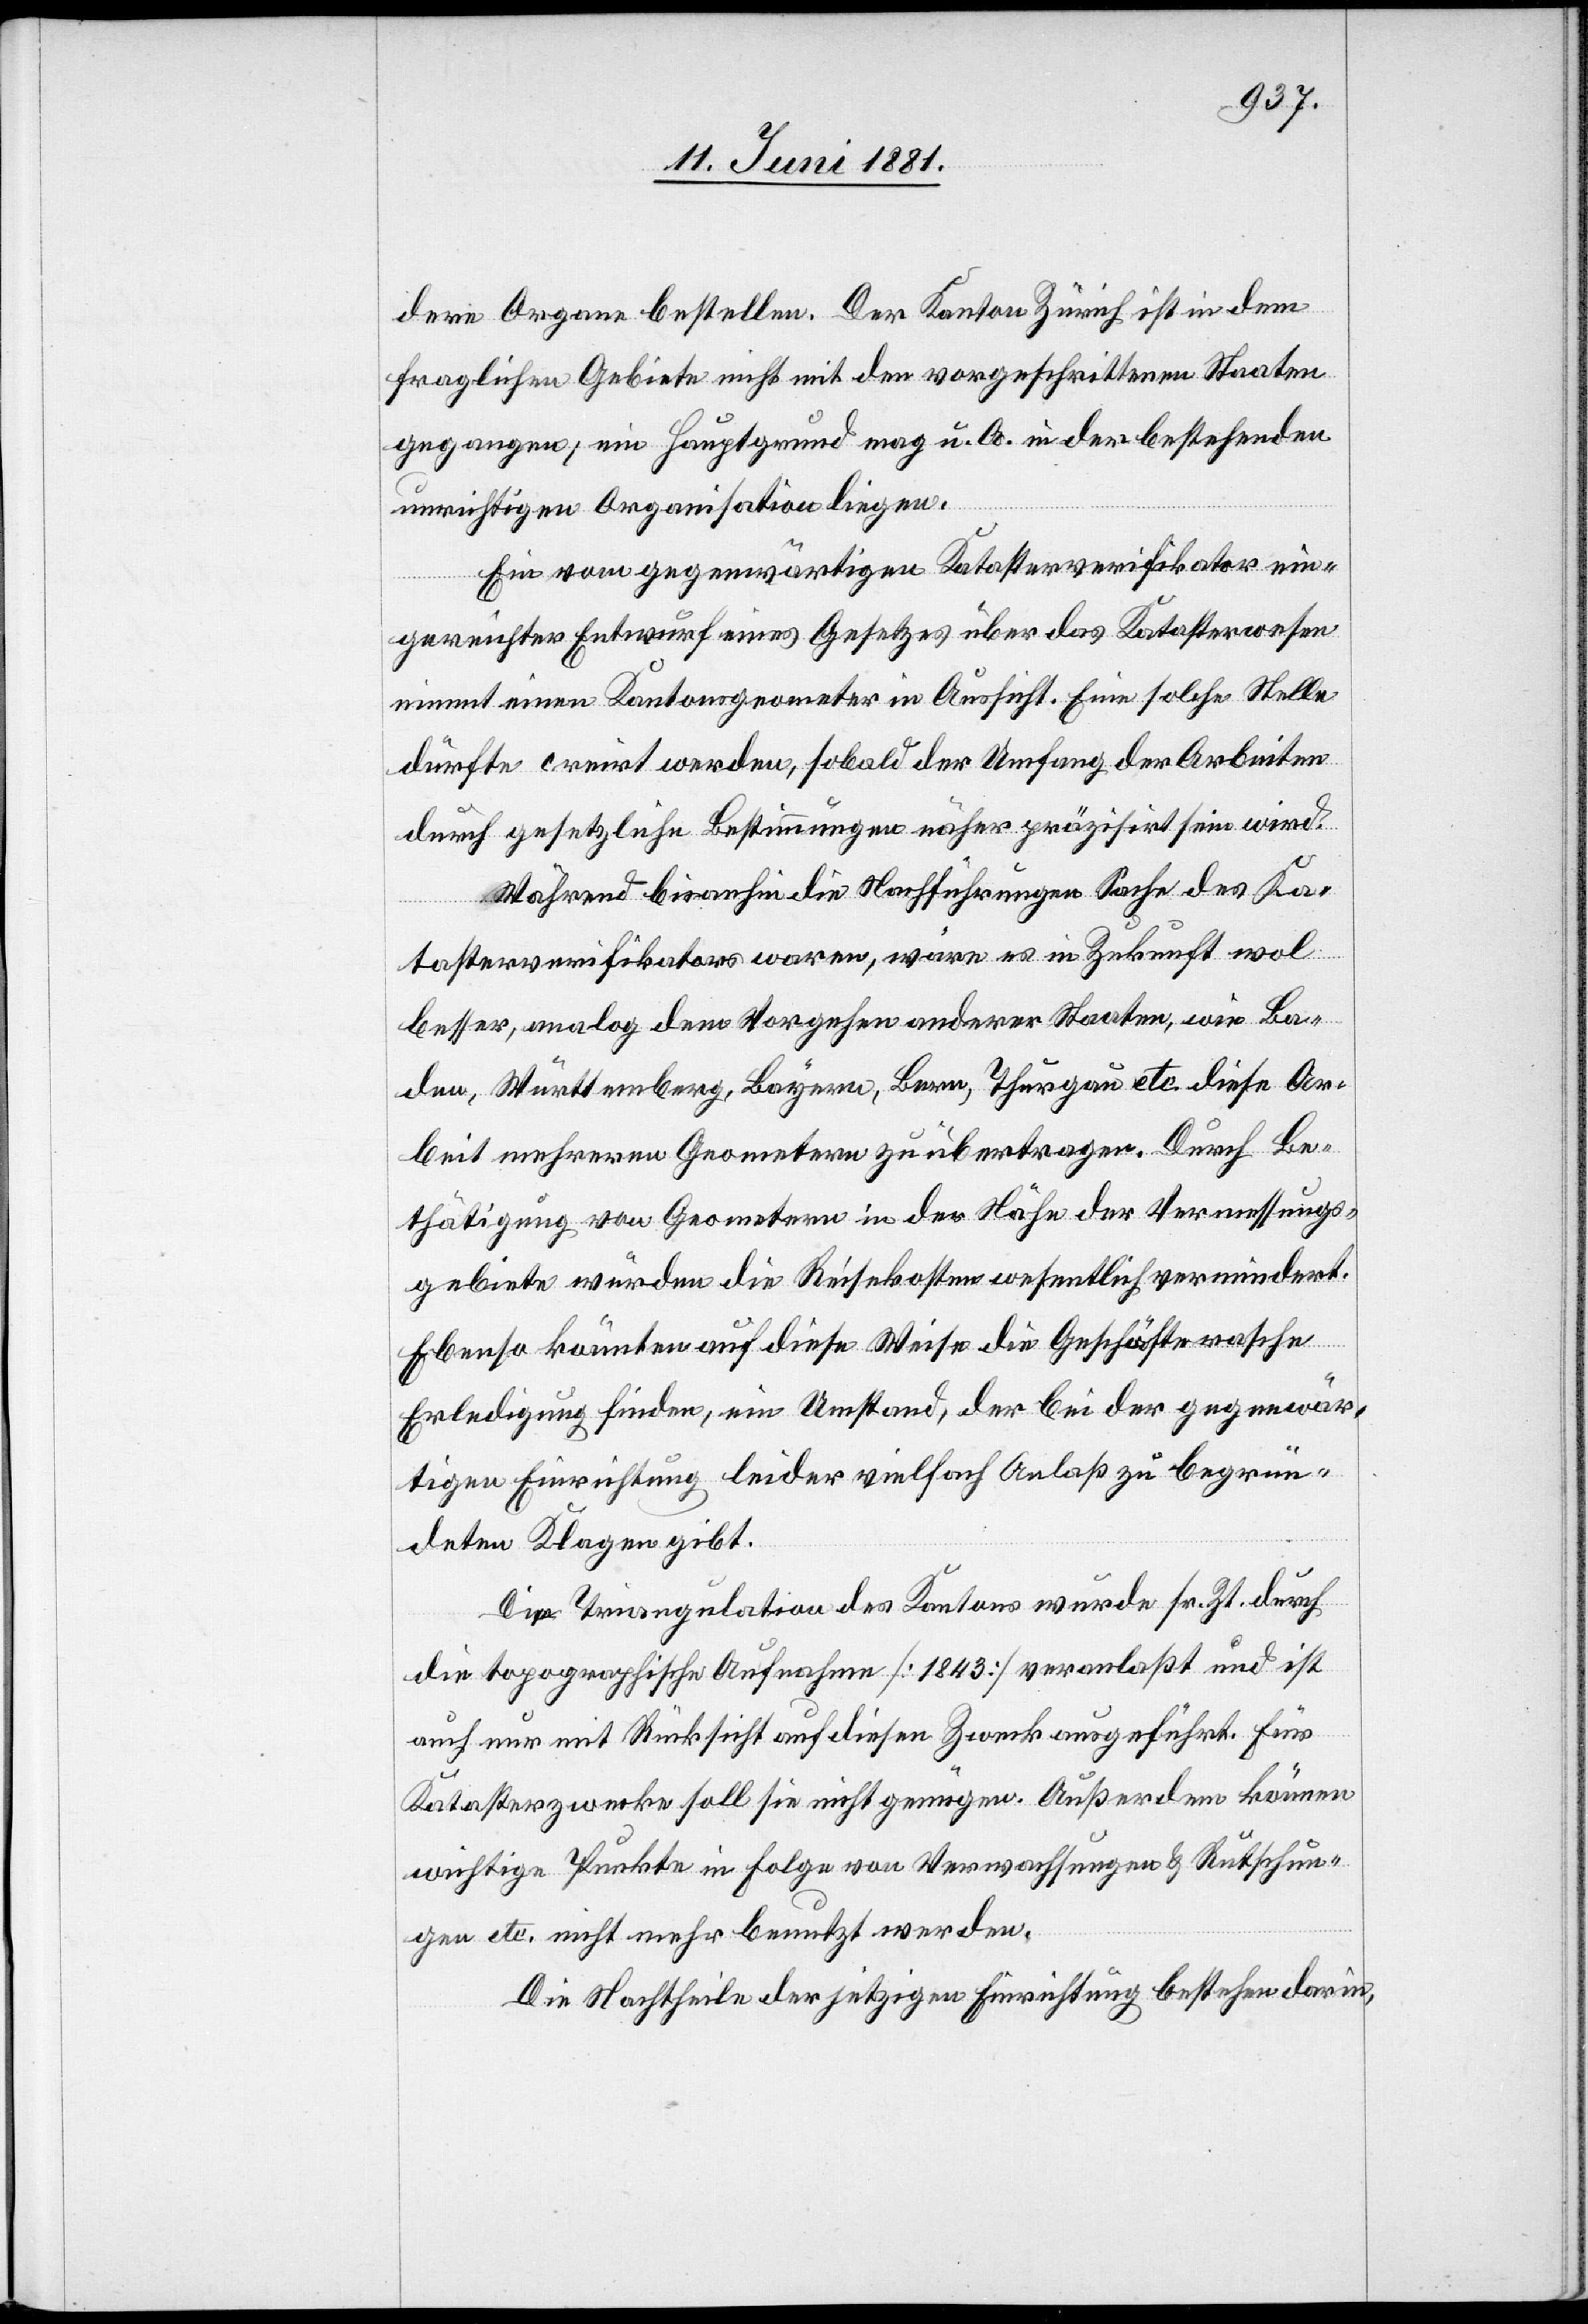
dere Organe bestellen. Der Kanton Zürich ist in dem
fraglichen Gebiete nicht mit den vorgeschrittenen Staaten
gegangen; ein Hauptgrund mag u. A. in der bestehenden
unrichtigen Organisation liegen.
Ein vom gegenwärtigen Katasterverifikator ein¬
gereichter Entwurf eines Gesetzes über das Katasterwesen
nimmt einen Kantonsgeometer in Aussicht. Eine solche Stelle
dürfte creirt werden, sobald der Umfang der Arbeiten
durch gesetzliche Bestimmungen näher präzisirt sein wird.
Während bisanhin die Nachführungen Sache des Ka¬
tasterverifikators waren, wäre es in Zukunft wol
besser, analog dem Vorgehen anderer Staaten, wie Ba¬
den, Württemberg, Bayern, Bern, Thurgau etc. diese Ar¬
beit mehreren Geometern zu übertragen. Durch Bes¬
tätigung von Geometern in der Nähe der Vermessungs¬
gebiete würden die Reisekosten wesentlich vermindert.
Ebenso könnten auf diese Weise die Geschäfte rasche
Erledigung finden, ein Umstand, der bei der gegenwär¬
tigen Einrichtung leider vielfach Anlaß zu begrün¬
deten Klagen gibt.
Die Triangulation des Kantons wurde sr. Zt. durch
die topographische Aufnahme [1843] veranlaßt und ist
auch nur mit Rücksicht auf diesen Zweck ausgeführt. Für
Katasterzwecke soll sie nicht genügen. Außerdem können
wichtige Punkte in Folge von Verwachsungen & Rutschun¬
gen etc. nicht mehr benutzt werden.
Die Nachtheile der jetzigen Einrichtung bestehen darin,